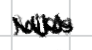
Text: was
Cross-out: zig-zag
Writing tool: digital_black